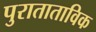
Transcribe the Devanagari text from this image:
पुराताताविक